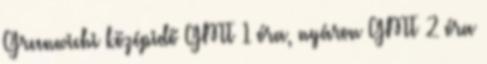
Greenwichi középidő GMT 1 óra, nyáron GMT 2 óra